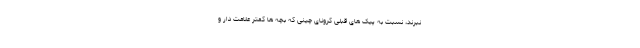
نبرند، نسبت به پیک های قبلی کرونای چینی که بچه ها کمتر علامت دار و